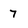
Character: 7